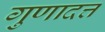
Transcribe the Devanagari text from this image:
गुणादत्त